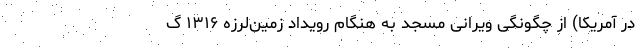
در آمریکا) از چگونگی ویرانی مسجد به هنگام رویداد زمین‌لرزه ۱۳۱۶ گ